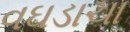
વઘડાચા